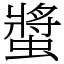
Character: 螿